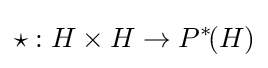
\star :H\times H\to P^{*}\!(H)